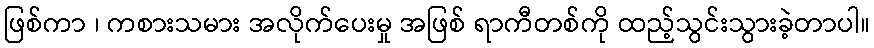
ဖြစ်ကာ ၊ ကစားသမား အလိုက်ပေးမှု အဖြစ် ရာကီတစ်ကို ထည့်သွင်းသွားခဲ့တာပါ။